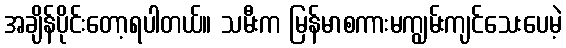
အချိန်ပိုင်းတော့ရပါတယ်။ သမီးက မြန်မာစကားမကျွမ်းကျင်သေးပေမဲ့